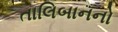
તાલિબાનનો